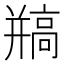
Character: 𩫐